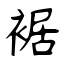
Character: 裾